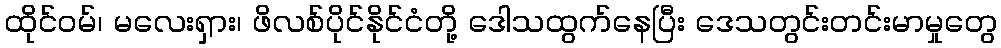
ထိုင်ဝမ်၊ မလေးရှား၊ ဖိလစ်ပိုင်နိုင်ငံတို့ ဒေါသထွက်နေပြီး ဒေသတွင်းတင်းမာမှုတွေ